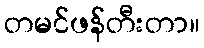
တမင်ဖန်တီးတာ။